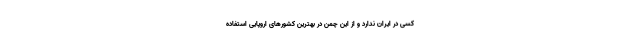
کسی در ایران ندارد و از این چمن در بهترین کشورهای اروپایی استفاده